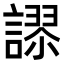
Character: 𮘸